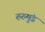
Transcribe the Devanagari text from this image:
रुरुमुंड